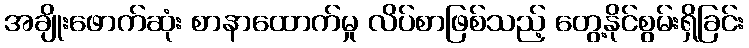
အချိုးဖောက်ဆုံး စာနာထောက်မှု လိပ်စာဖြစ်သည့် တွေ့နိုင်စွမ်းရှိခြင်း